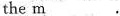
the m .